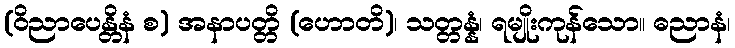
(ဝိညာပေန္တိနံ စ) အနာပတ္တိ (ဟောတိ)၊ သတ္တန္နံ၊ ရမျိုးကုန်သော။ ဓညာနံ၊